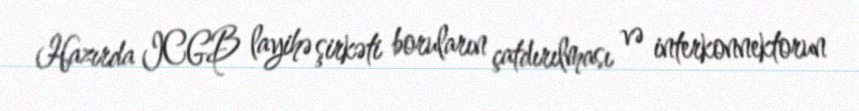
Hazırda ICGB layihə şirkəti boruların çatdırılması və interkonnektorun